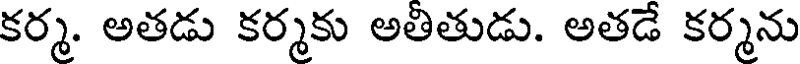
కర్మ. అతడు కర్మకు అతితుడు. అతడే కర్మను